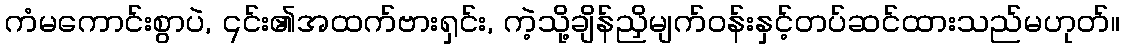
ကံမကောင်းစွာပဲ, ၎င်း၏အထက်ဗားရှင်း, ကဲ့သို့ချိန်ညှိမျက်ဝန်းနှင့်တပ်ဆင်ထားသည်မဟုတ်။